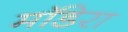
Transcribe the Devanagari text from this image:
मॉडेरा